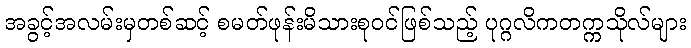
အခွင့်အလမ်းမှတစ်ဆင့် စမတ်ဖုန်းမိသားစုဝင်ဖြစ်သည့် ပုဂ္ဂလိကတက္ကသိုလ်များ